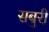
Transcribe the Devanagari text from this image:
सबुरी